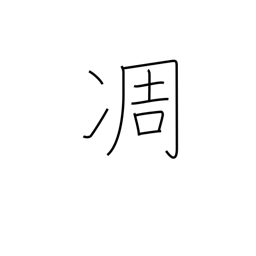
Meaning: wither